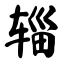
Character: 辎